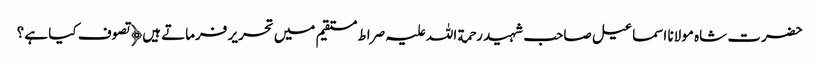
حضرت شاہ مولانا اسماعیل صاحب شہید رحمة اللہ علیہ صراط مستقیم میں تحریر فرماتے ہیں﴿ تصوف کیا ہے ؟